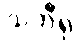
သဘီရု